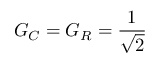
G _ { C } = G _ { R } = { \frac { 1 } { \sqrt { 2 } } }